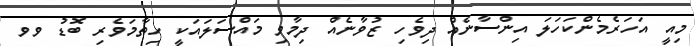
މިއީ އަހަރެމެންކަހަލަ އިންސާނެއް ދިވެހި ޒުވާނެއް ދިމާވި މައްސަލައަކީ ހިތާމަވެރި ބޮޑު ވވ